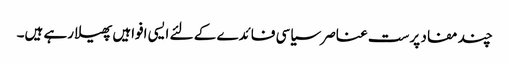
چند مفاد پرست عناصر سیاسی فائدے کے لئے ایسی افواہیں پھیلا رہے ہیں۔